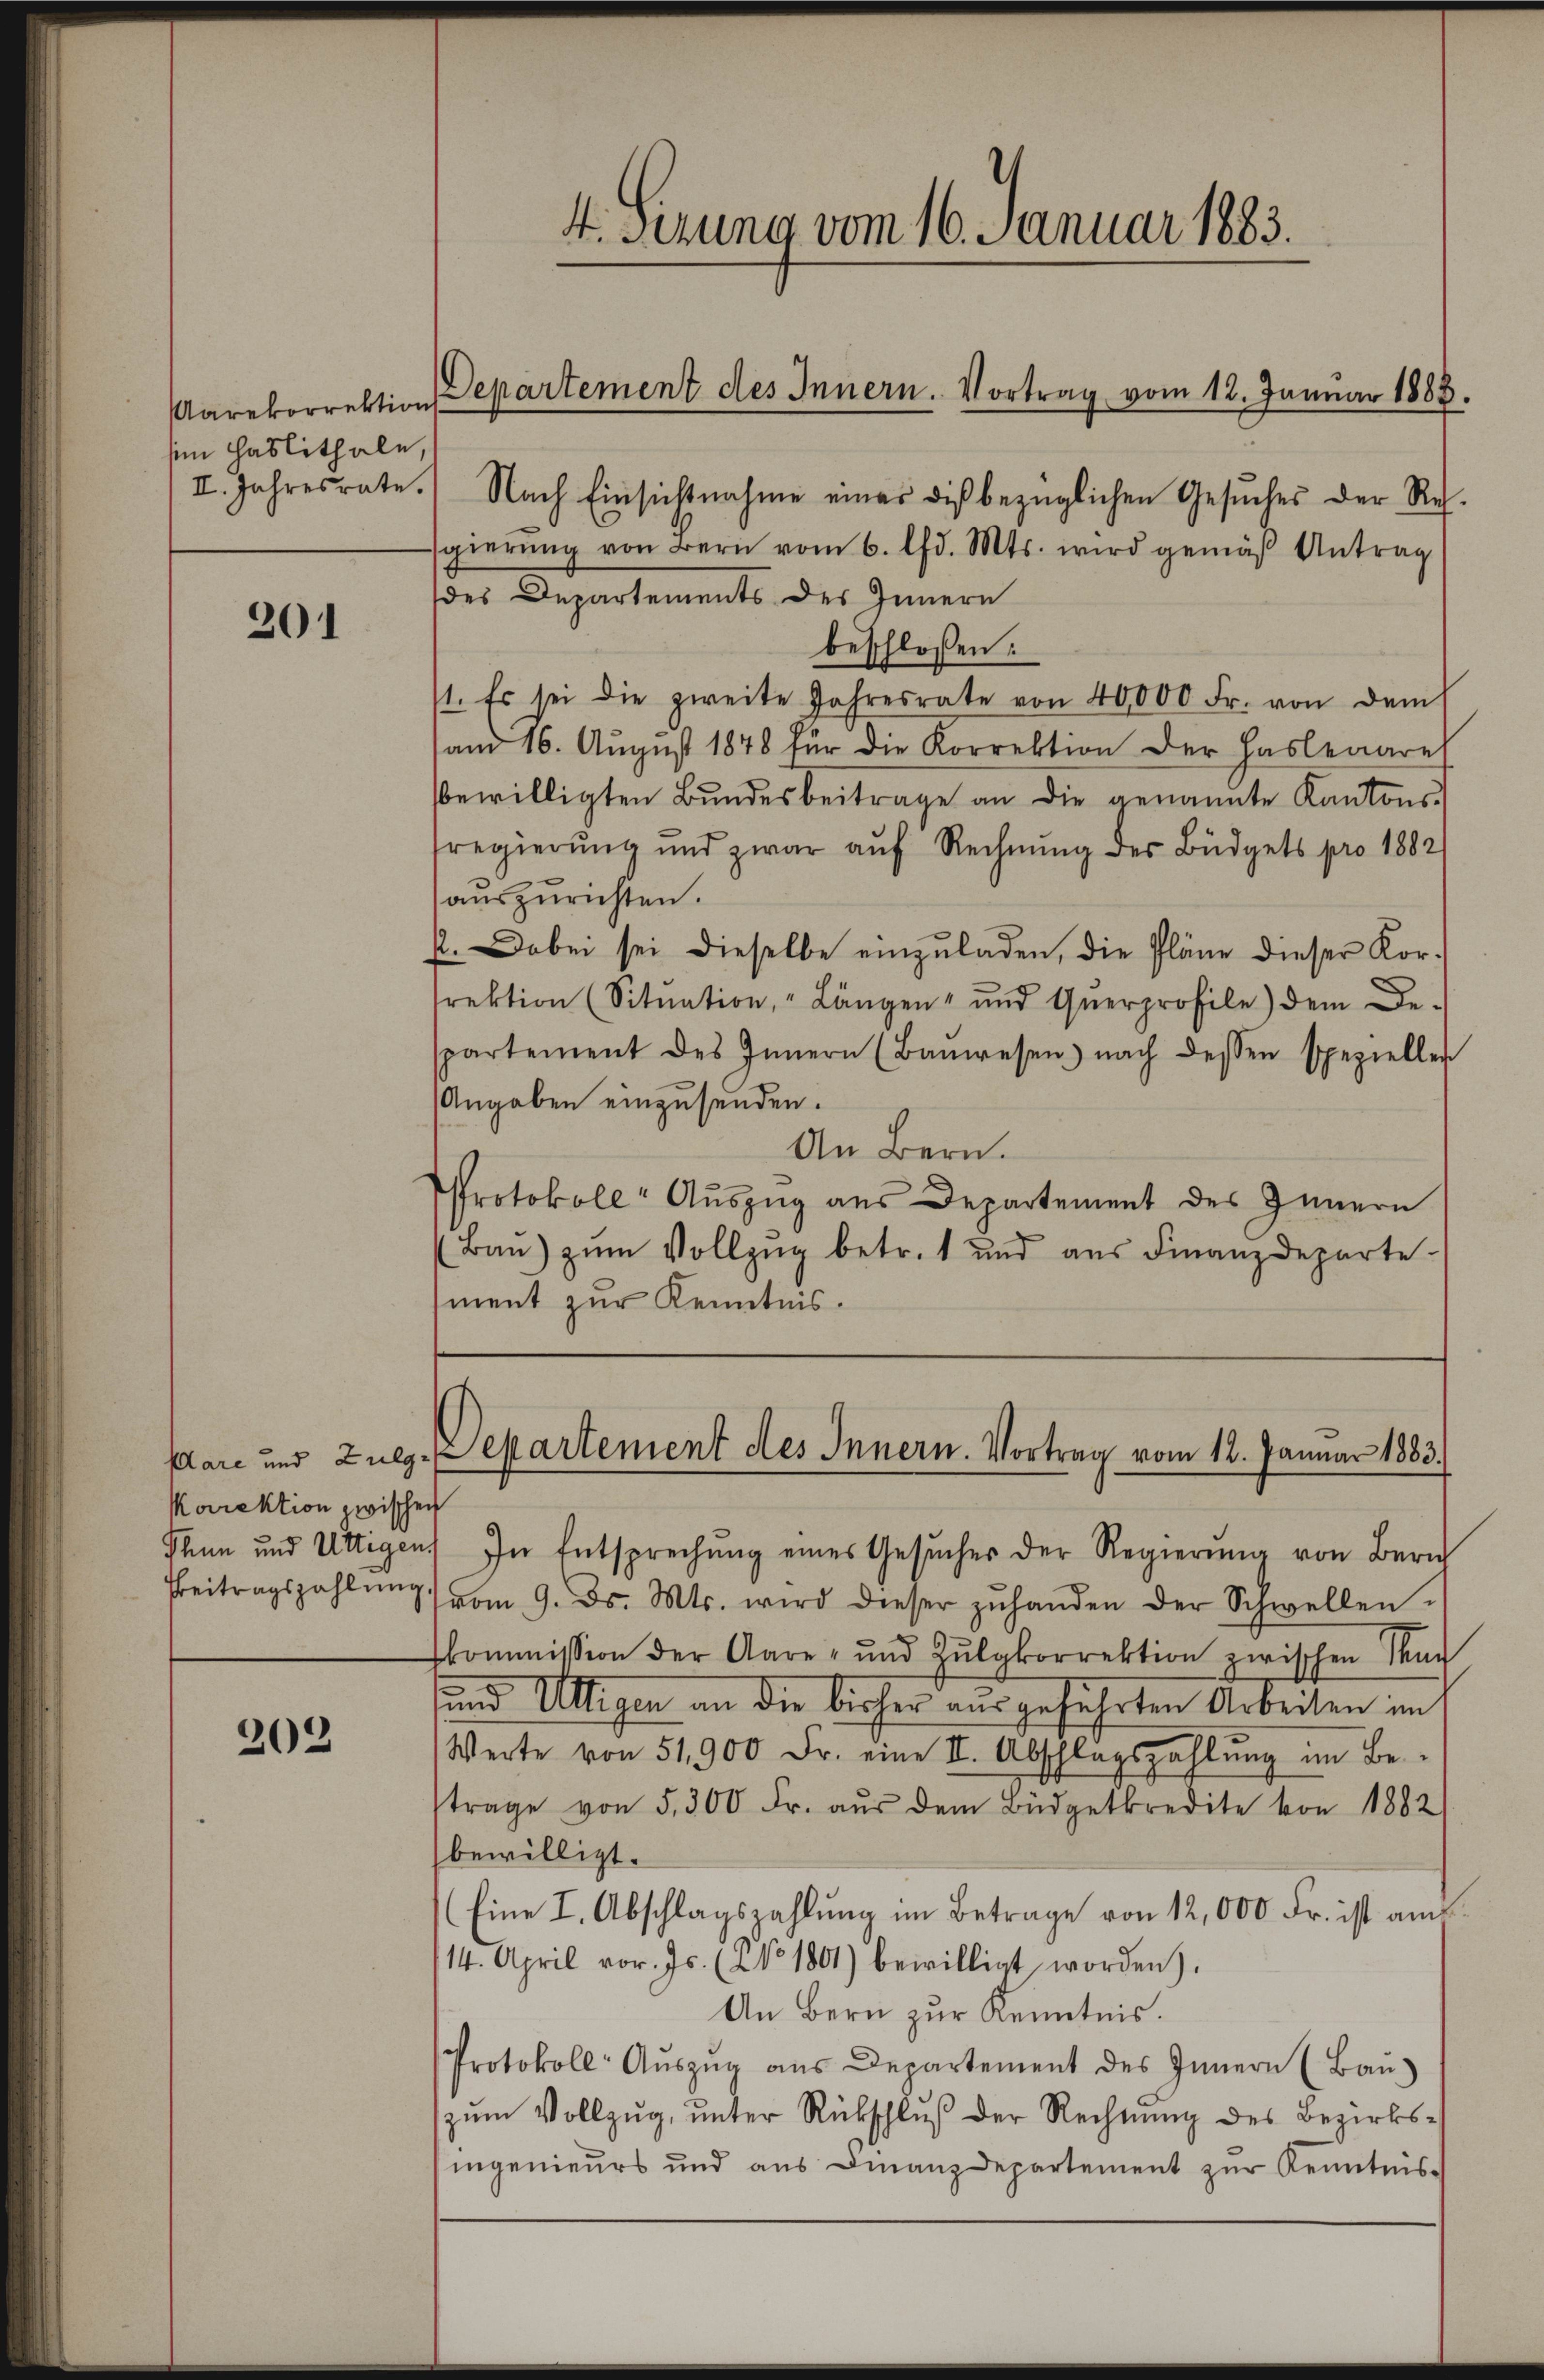
Aarekorrektions
sim Haslithale,

201

Korrektion zwischen

202

4. Sezung vom 16. Januar 1883.

II. Jahresrate. Nach Einsichtnahme einer dis bezüglichen Gesŭches der Re-
sgierŭng von Bern vom 6. lfd. Mts. wird gemäß Antrag
des Departements des Innern
beschlossen:
1. Es sei die zweite Jahresrate von 40,000 Fr. von dem
am 16. August 1878 für die Korrektion der Haslenare
bewilligten Bŭndesbeitrage an die genannte Kantons-
sregierung und zwar auf Rechnung des Büdgets pro 1882/
aŭszŭrichten.
p. Dabei sei dieselbe einzŭladen, die Pläne dieser Kor-
rektion (Sitŭation, " Längen ŭnd Querprofile) dem De-
spartement des Innern (Baŭwesen) nach dessen speziellen
Angaben einzusenden.
An Bern.
Protokoll Aŭszŭg aŭs Departement des Innern
(Baŭ) zŭm Vollzŭg betr. 1 und aŭs Finanzdeparte-
ment zur Kenntnis.

Departement des Innern. Vortrag vom 12. Januar 1883.

klare und Zug-epartement des Innern. Vortrag vom 12. Januar 1883.

Thun und Uttigen. In Entsprechŭng eines Gesŭches der Regierŭng von Bern
Beitragszahlung vom 9. ds. Mts. wird dieser zŭ handen der Schwellen-
kommission der Aare und Zŭlgkorrektion zwischen Mag
und Ultigen an die bisher ausgeführten Arbeiten im
Werte von 51900 Fr. eine II. Abschlagszahlŭng im Be-
trage von 5,300 Fr. aŭs dem Büdgetkredite von 1882
bewilligt.
Eine I. Abschlagszahlung im Betrage von 12,000 Fr. ist am
14. April vor. Js. (No 1801) bewilligt worden).
An Bern zur Kenntnis.
Protokoll- Aŭszŭg ans Departement des Innern (Baŭ
zŭm Vollzŭg, ŭnter Rückschlŭβ der Rechnŭng des Bezirks-
ingenieurs und aŭs Finanzdepartement zŭr Kenntnis-